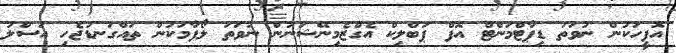
އޮފީހަކުން ނުވަތަ ޑިޕާޓްމަންޓް އޮފް ޕަބްލިކް އެގްޒެމިނޭޝަނުން ނުވަތަ ލޯފާމަކުން ތައްގަނޑުޖެހި އަސްލު